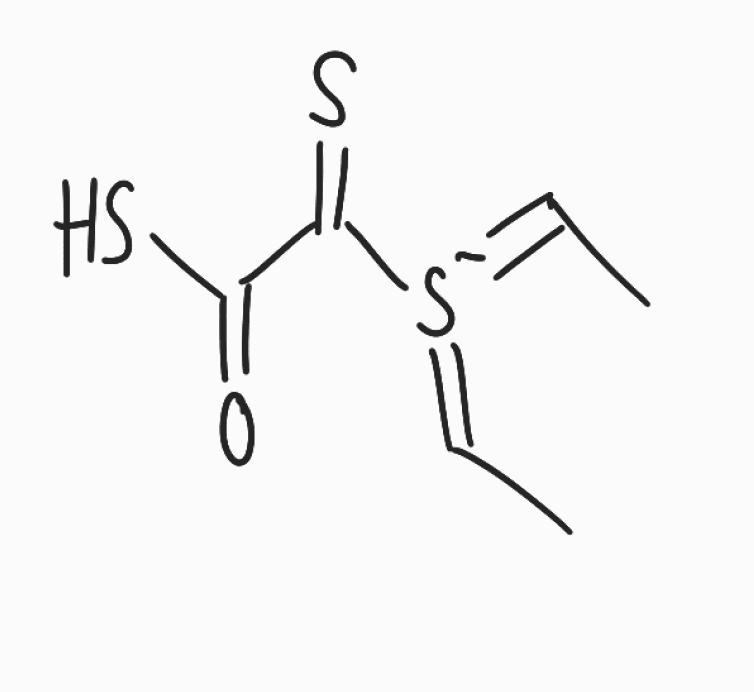
Simplified molecular-input line-entry system (SMILES) notation of the given molecule:
CC=[S-](=CC)C(=S)C(=O)S